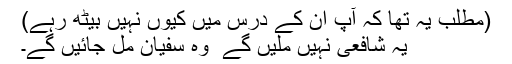
(مطلب یہ تھا کہ آپ ان کے درس میں کیوں نہیں بیٹھ رہے)
یہ شافعی نہیں ملیں گے ٗ وہ سفیان مل جائیں گے۔